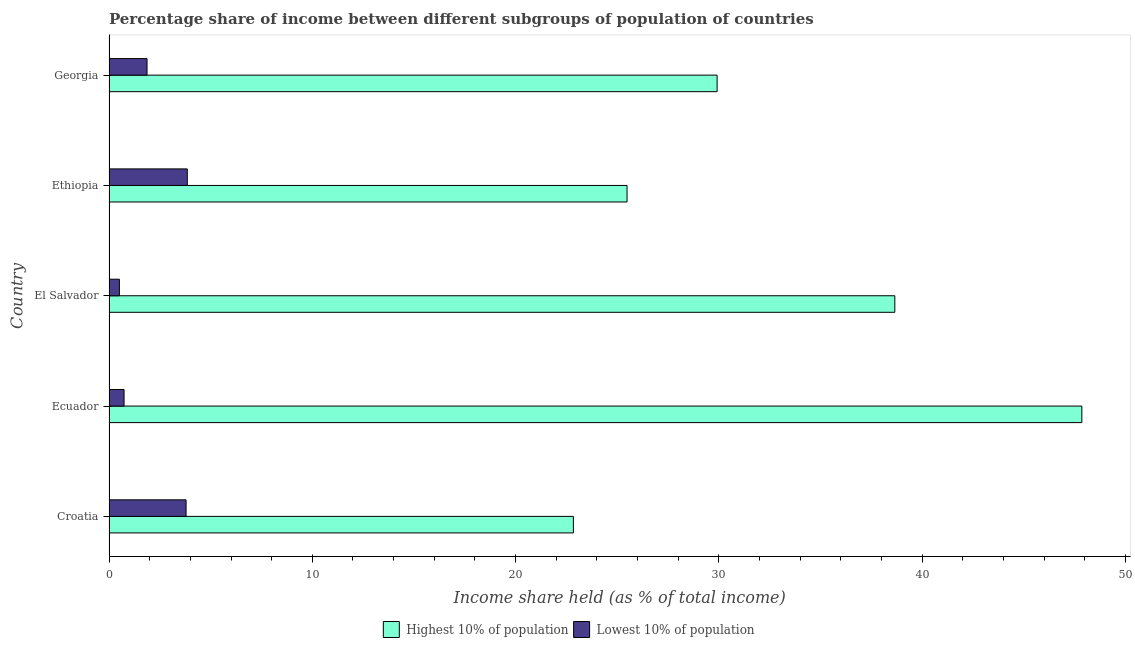
| Country | Highest 10% of population | Lowest 10% of population |
 | --- | --- | --- |
 | Croatia | 22.8 | 3.79 |
 | Ecuador | 47.9 | 0.74 |
 | El Salvador | 38.6 | 0.51 |
 | Ethiopia | 25.5 | 3.85 |
 | Georgia | 29.9 | 1.87 |